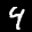
Label: 4